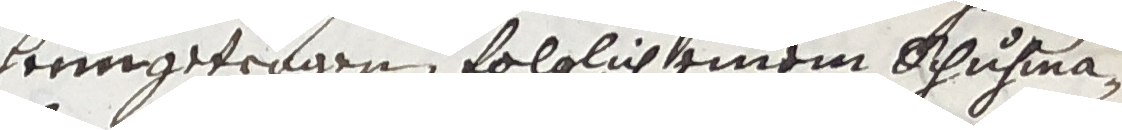
herrngetragen folglich einem schuhma